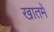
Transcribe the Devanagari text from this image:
खातमें